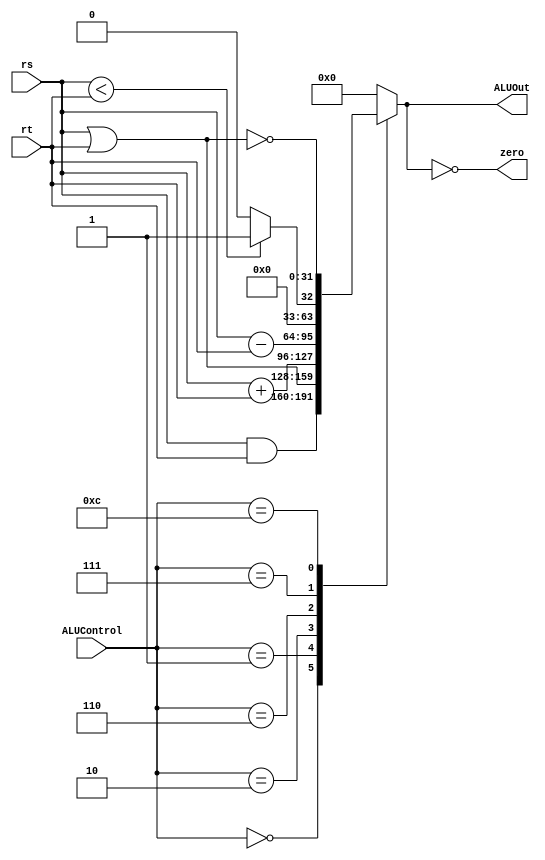
module ALU (ALUControl, rs, rt, ALUOut, zero);
    input [3:0] ALUControl;
    input [31:0] rs, rt;
    output reg [31:0] ALUOut;
    output zero;
    assign zero = (ALUOut == 0);
    always @ (rs, rt, ALUControl) begin
      case (ALUControl)
        4'b0000: 
          ALUOut <= rs & rt;
        4'b0001:
          ALUOut <= rs | rt;
        4'b0010:
          ALUOut <= rs + rt;
        4'b0110:
          ALUOut <= rs - rt;
        4'b0111:
          ALUOut <= (rs < rt) ? 1 : 0;
        4'b1100:
          ALUOut <= ~(rs | rt) ;
        default:
          ALUOut <= 0;
      endcase
    end
endmodule